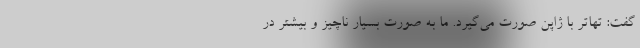
گفت: تهاتر با ژاپن صورت می‌گیرد. ما به صورت بسیار ناچیز و بیشتر در